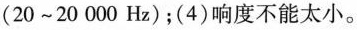
(20~20 000 Hz)；(4)响度不能太小。